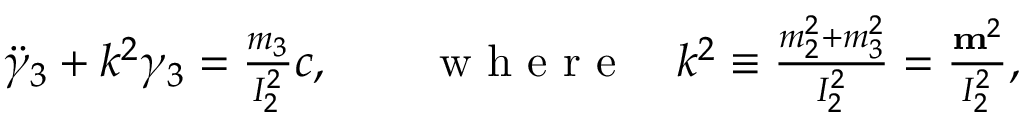
\begin{array} { r } { \ddot { \gamma } _ { 3 } + k ^ { 2 } \gamma _ { 3 } = \frac { m _ { 3 } } { I _ { 2 } ^ { 2 } } c , \qquad \mathrm { ~ w ~ h ~ e ~ r ~ e ~ } \quad k ^ { 2 } \equiv \frac { m _ { 2 } ^ { 2 } + m _ { 3 } ^ { 2 } } { I _ { 2 } ^ { 2 } } = \frac { { \bf m } ^ { 2 } } { I _ { 2 } ^ { 2 } } , } \end{array}